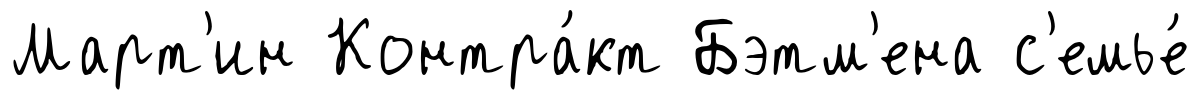
Март'ин Контра́кт Бэтм'ена с'емье́